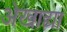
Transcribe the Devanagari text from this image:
अेखाद्या